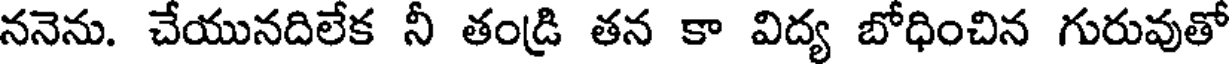
ననెను. చేయునదిలేక నీ తండ్రి తన కా విద్య బోధించిన గురువుతో